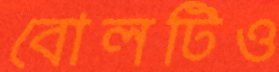
বোলটিও